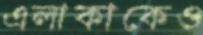
এলাকাকেও